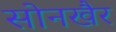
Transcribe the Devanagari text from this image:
सोनखैर